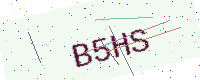
Text: B5HS